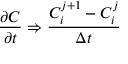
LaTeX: { \frac { \partial C } { \partial t } } \Rightarrow { \frac { C _ { i } ^ { j + 1 } - C _ { i } ^ { j } } { \Delta t } }